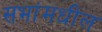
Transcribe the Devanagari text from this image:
सभांमधील